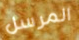
المرسل